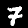
Digit: 7